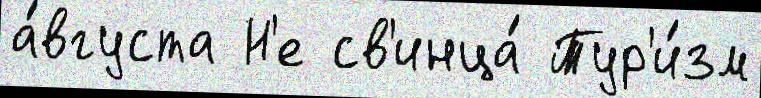
а́вгуста Н'е св'инца́ Тур'и́зм